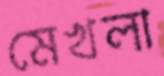
মেখলা